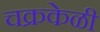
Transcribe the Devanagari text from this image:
चक्रकेळी